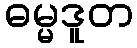
ဓမ္မဒူတ